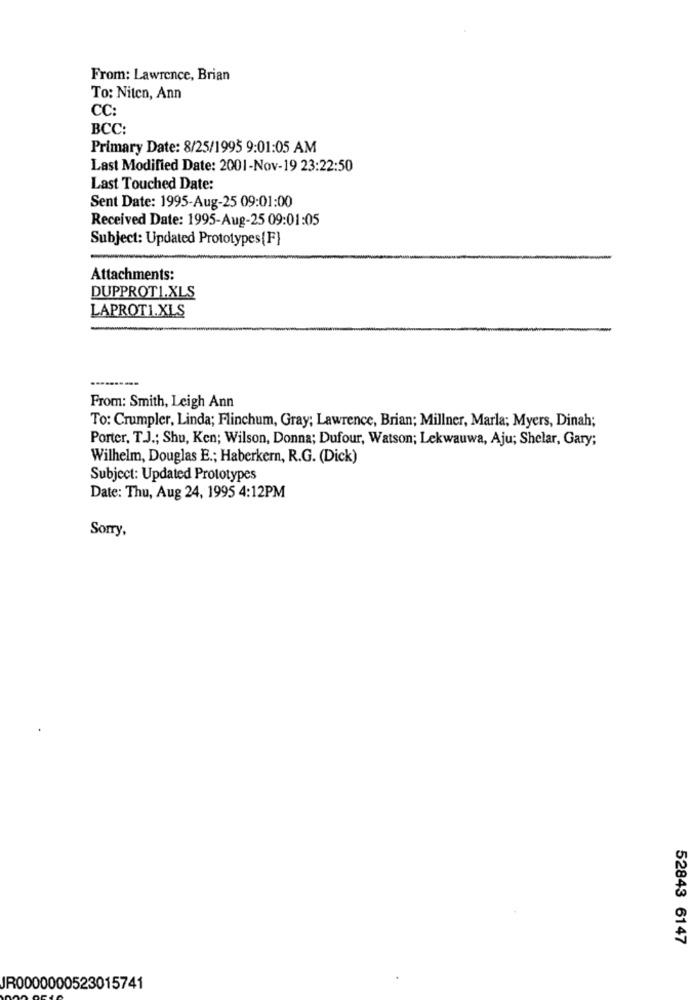
From: Lawrence, Brian
To: Niten, Ann
CC:
BCC:
Primary Date: 8/25/1995 9:01:05 AM
Last Modified Date: 2001-Nov-19 23:22:50
Last Touched Date:
Sent Date: 1995-Aug-25 09:01:00
Received Date: 1995-Aug-25 09:01:05
Subject: Updated Prototypes{F}
Attachments:
DUPPROTI.XLS
LAPROTI.XLS
From: Smith, Leigh Ann
To: Crumpler, Linda; Flinchum, Gray; Lawrence, Brian; Millner, Marla; Myers, Dinah;
Porter, T.J .; Shu, Ken; Wilson, Donna; Dufour, Watson; Lekwauwa, Aju; Shelar, Gary;
Wilhelm, Douglas E .; Haberkern, R.G. (Dick)
Subject: Updated Prototypes
Date: Thu, Aug 24, 1995 4:12PM
Sorry,
52843 6147
JR0000000523015741